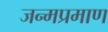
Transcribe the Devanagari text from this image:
जन्मप्रमाण